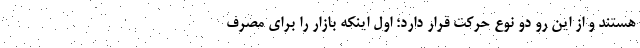
هستند و از این رو دو نوع حرکت قرار دارد؛ اول اینکه بازار را برای مصرف